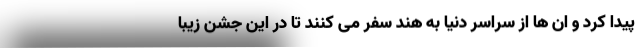
پیدا کرد و ان ها از سراسر دنیا به هند سفر می کنند تا در این جشن زیبا